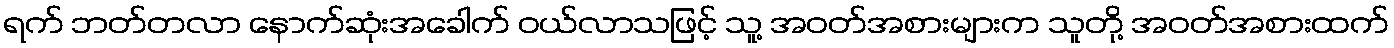
ရက် ဘတ်တလာ နောက်ဆုံးအခေါက် ဝယ်လာသဖြင့် သူ့ အဝတ်အစားများက သူတို့ အဝတ်အစားထက်